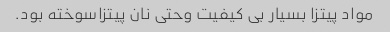
مواد پیتزا بسیار بی کیفیت وحتی نان پیتزاسوخته بود.